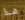
هذا